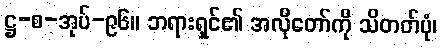
ဋ္ဌ-စ-အုပ်-၉၆။ ဘရားရှင်၏ အလိုတော်ကို သိတတ်ပုံ၊